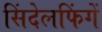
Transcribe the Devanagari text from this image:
सिंदेलफिंगें